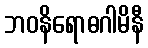
ဘဝနိရောဓဂါမိနီ